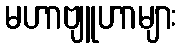
မဟာဗျူဟာများ